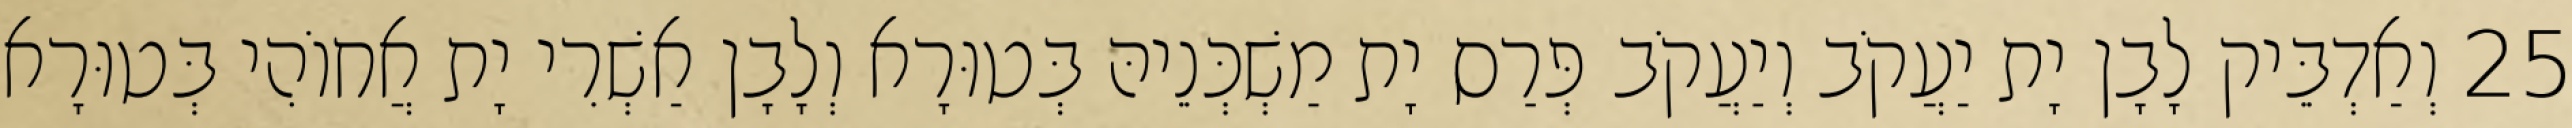
25 וְאַדְבֵּיק לָבָן יָת יַעֲקֹב וְיַעֲקֹב פְּרַס יָת מַשְׁכְּנֵיהּ בְּטוּרָא וְלָבָן אַשְׁרִי יָת אֲחוֹהִי בְּטוּרָא